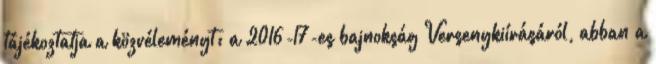
tájékoztatja a közvéleményt: a 2016-17-es bajnokság Versenykiírásáról, abban a